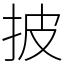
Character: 披